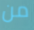
من